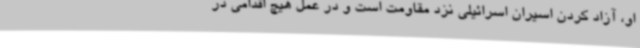
او، آزاد کردن اسیران اسرائیلی نزد مقاومت است و در عمل هیچ اقدامی در